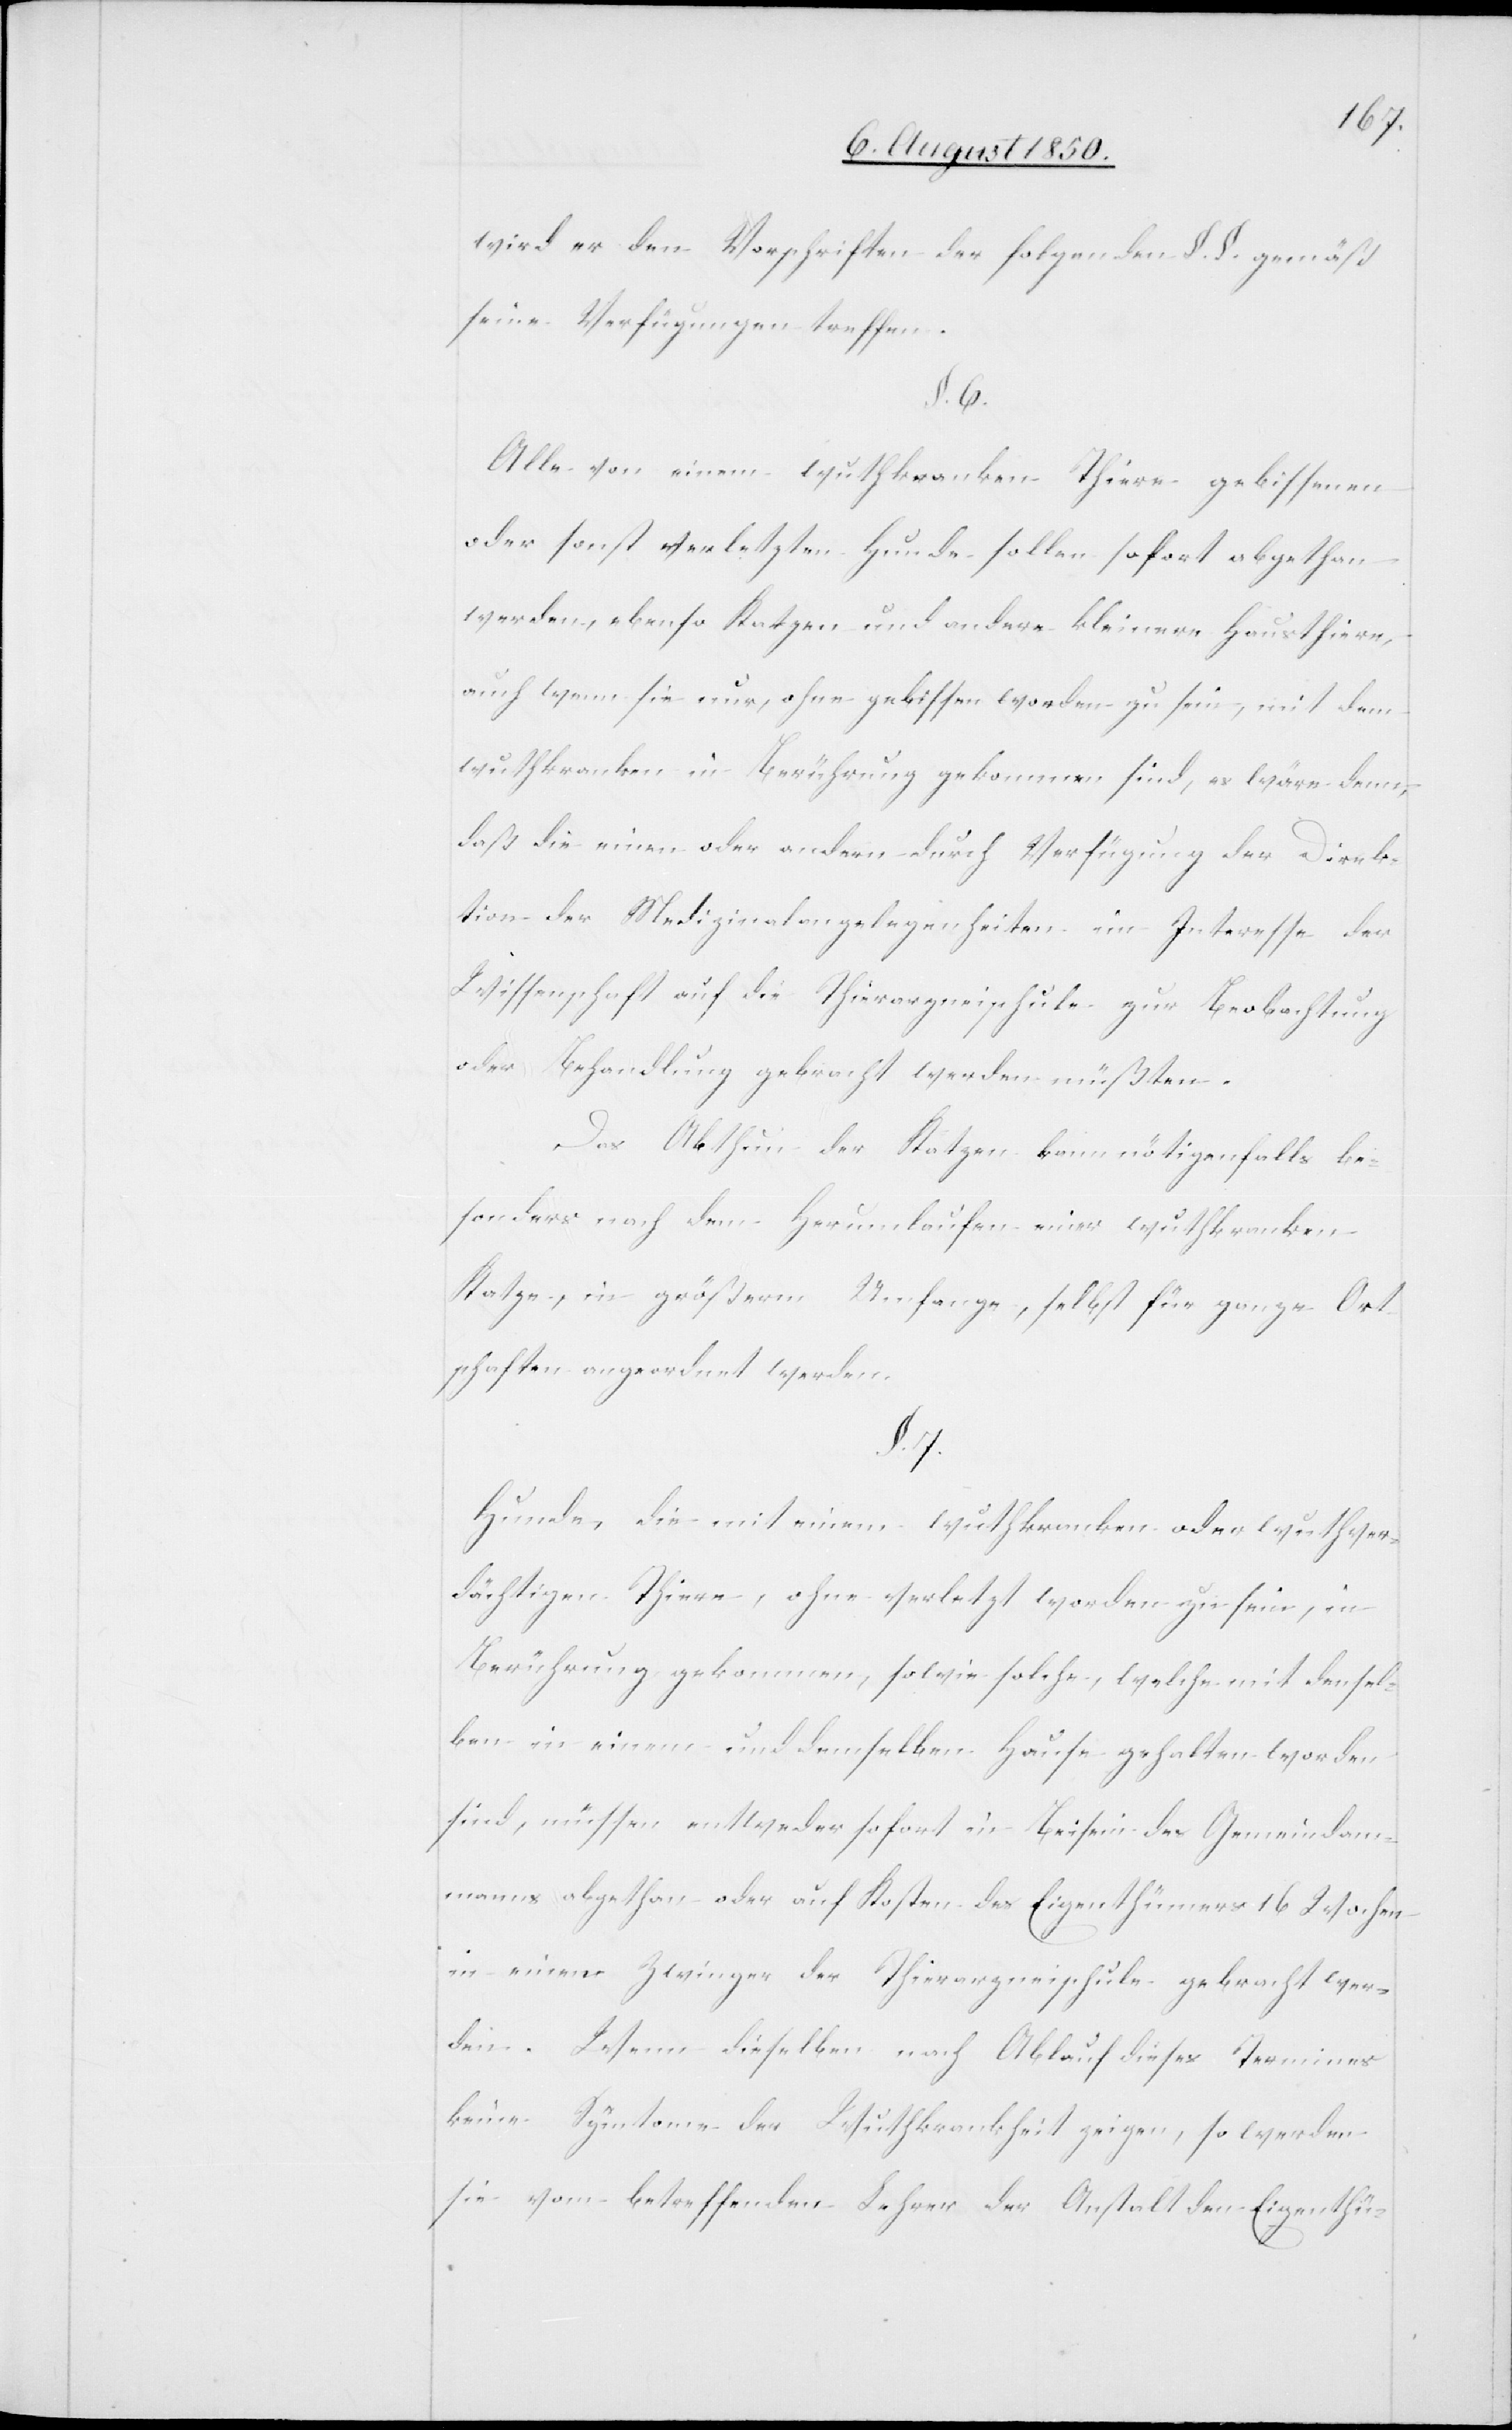
wird er den Vorschriften der folgenden §. §. gemäß
seine Verfügungen treffen.
§. 6.
Alle von einem wuthrkanken Thiere gebissenen
oder sonst verletzten Hunde sollen sofort abgethan
werden, ebenso Katzen und andere kleinere Hausthiere,
auch wenn sie nur, ohne gebissen worden zu sein, mit dem
wuthkranken in Berührung gekommen sind, es wäre denn,
daß die einen oder andern durch Verfügung der Direk¬
tion der Medizinalangelegenheiten im Interesse der
Wissenschaft auf die Thierarzneischule zur Beobachtung
oder Behandlung gebracht werden müßten.
Das Abthun der Katzen kann nötigenfalls be¬
sonders nach dem Herumlaufen einer wuthkranken
Katze, in größerm Umfange, selbst für ganze Ort¬
schaften angeordnet werden.
§. 7.
Hunde, die mit einem wuthkranken oder wuthver¬
dächtigen Thiere, ohne verletzt worden zu sein, in
Berührung gekommen, sowie solche, welche mit densel¬
ben in einem und demselben Hause gehalten worden
sind, müssen entweder sofort in Beisein des Gemeindam¬
manns abgethan oder auf Kosten des Eigenthümers 16 Wochen
in einem Zwinger der Thierarzneischule gebracht wer¬
den. Wenn dieselben nach Ablauf dieses Termines
keine Symtome der Wuthkrankheit zeigen, so werden
sie vom betreffende Lehrer der Anstalt den Eigenthü-